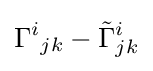
{\Gamma ^{i}}_{jk}-{{\tilde {\Gamma }}^{i}}_{jk}